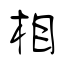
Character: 相